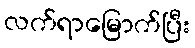
လက်ရာမြောက်ပြီး